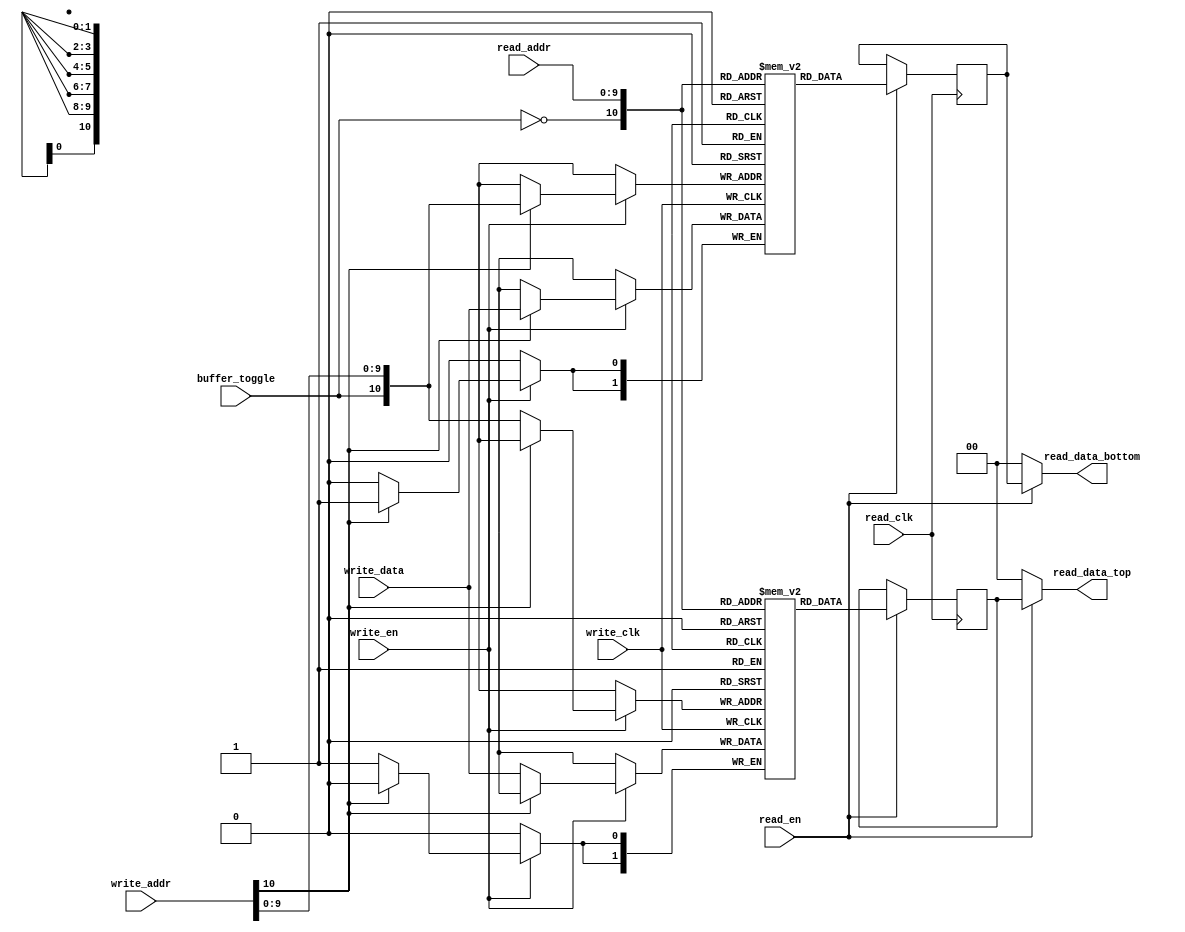
module sync_pdp_ram #(parameter BITS_PER_PIXEL=0)
    (
        input                       buffer_toggle,
        input                       write_clk,
        input [10:0]                write_addr,
        input [BITS_PER_PIXEL-1:0]  write_data,
        input                       write_en,
        input                       read_clk,
        input [9:0]                 read_addr,
        output [BITS_PER_PIXEL-1:0] read_data_top,
        output [BITS_PER_PIXEL-1:0] read_data_bottom,
        input                       read_en
    );

    reg [BITS_PER_PIXEL-1:0] mem_top [64*16*2];
    reg [BITS_PER_PIXEL-1:0] mem_bottom [64*16*2];
    reg [BITS_PER_PIXEL-1:0] tmp_data_top;
    reg [BITS_PER_PIXEL-1:0] tmp_data_bottom;

    always @ (posedge write_clk) begin
        if (write_en) begin
            if (write_addr[10] == 1'b0)
                mem_top[{buffer_toggle, write_addr[9:0]}] <= write_data;
            else
                mem_bottom[{buffer_toggle, write_addr[9:0]}] <= write_data;
        end
    end

    always @ (posedge read_clk) begin
       if (read_en) begin
            tmp_data_top <= mem_top[{~buffer_toggle, read_addr}];
            tmp_data_bottom <= mem_bottom[{~buffer_toggle, read_addr}];
       end
    end

    assign read_data_top = read_en ? tmp_data_top : {BITS_PER_PIXEL{1'b1}};
    assign read_data_bottom = read_en ? tmp_data_bottom : {BITS_PER_PIXEL{1'b1}};
endmodule